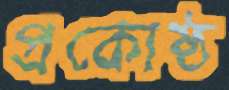
প্রকোষ্ঠ